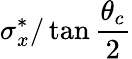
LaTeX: \sigma_{x}^{*}/\tan\frac{\theta_{c}}{2}